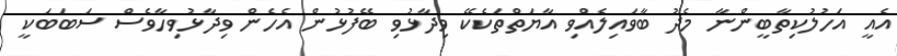
އެއީ އަހުލުކިތާބީންނާ މެދު ބާވައިލެއްވި އާޔަތްތަކެކޭ ވިދާޅުވި ބޭފުޅުން އެހެން ވިދާޅުވިހާވެސް ސަބަބަކީ